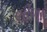
લીળા